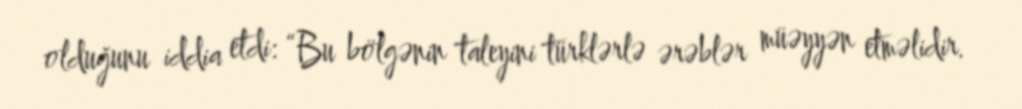
olduğunu iddia etdi: “Bu bölgənin taleyini türklərlə ərəblər müəyyən etməlidir.